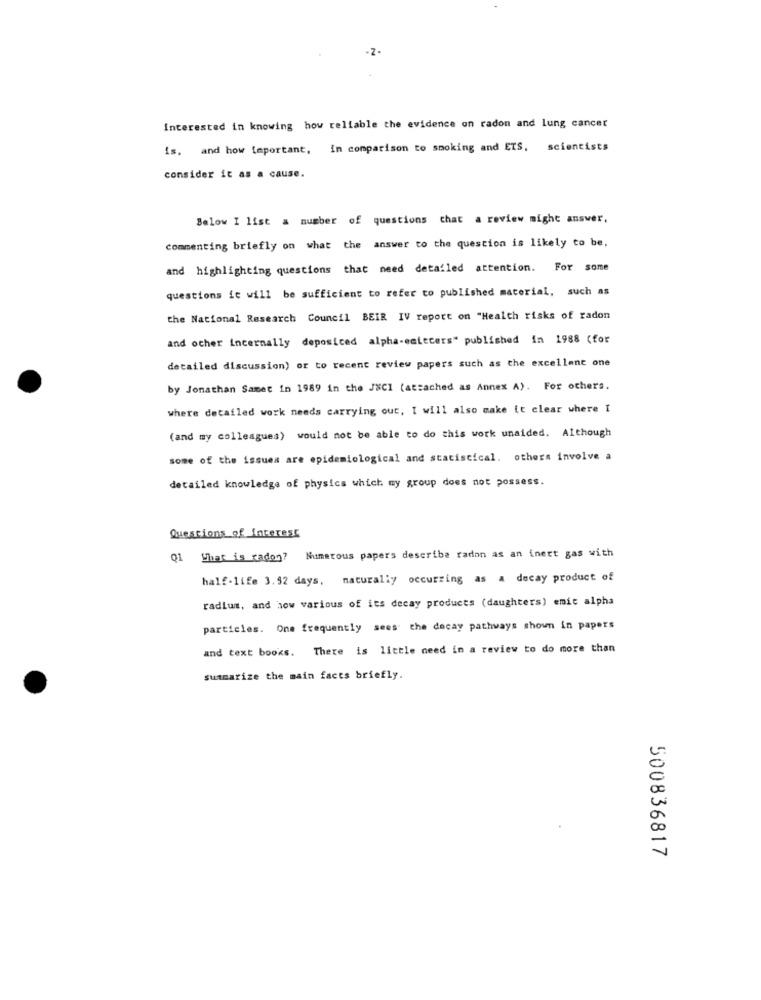
Interested in knowing how reliable the evidence on radon and lung cancer
is. and how teportant,
in comparison to smoking and ETS, scientists
consider it as a cause.
Below I list a number of questions that a review might answer.
commenting briefly on what the answer to the question is likely to be,
and highlighting questions that need detailed attention. For some
questions it will be sufficient to refer to published material, such as
the National Research Council BEIR IV report on "Health risks of radon
and other incernally deposited alpha-estecers" published in 1988 (for
detailed discussion) or to recent review papers such as the excellent one
by Jonathan Samet in 1989 in the JNCI (attached as Annex A). For others.
where detailed work needs carrying out, I will also make it clear where I
(and my colleaguea) would not be able to do this work unaided. Although
some of the issues are epidemiological and statistical. others involve a
detailed knowledge of physics which my group does not possess.
Questions of Interest
Numerous papers describe radon as an inert gas with
Q1 What is radon?
half-life 3.52 days, naturally occurring as a decay product of
radium, and how various of its decay products (daughters) emic alpha
particles. One frequently sees the decay pathways shown in papers
and text books. There is little need in a review to do more than
summarize the main facts briefly.
500836817